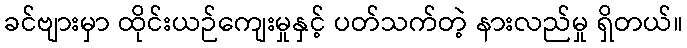
ခင်ဗျားမှာ ထိုင်းယဉ်ကျေးမှုနှင့် ပတ်သက်တဲ့ နားလည်မှု ရှိတယ်။